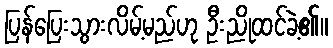
ပြန်ပြေးသွားလိမ့်မည်ဟု ဦးညိုထင်ခဲ့၏။